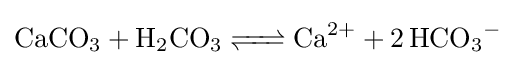
{\ce {CaCO3 + H2CO3 <=> Ca^2+ + 2HCO3^-}}